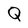
Character: Q